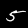
Label: 5